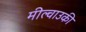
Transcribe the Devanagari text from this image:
मील्वाउकी